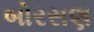
બોરસણ